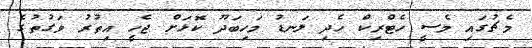
މެޗުގައި މެސީ ހެޓްރިކް ހެދި ލަނޑު މަހިބަދޫ ކޮޅަށް ޖެހީ އިތުރު ވަގުތުގެ